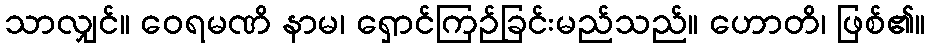
သာလျှင်။ ဝေရမဏိ နာမ၊ ရှောင်ကြဉ်ခြင်းမည်သည်။ ဟောတိ၊ ဖြစ်၏။